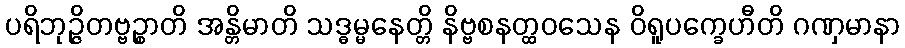
ပရိဘုဉ္ဇိတဗ္ဗဉ္စာတိ အန္တိမာတိ သဒ္ဓမ္မနေတ္တိ နိဗ္ဗစနတ္ထဝသေန ဝိရူပက္ခေဟီတိ ဂဏှမာနာ